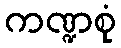
ကဏ္ဍစုံ